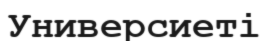
Универсиеті